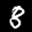
Label: 8